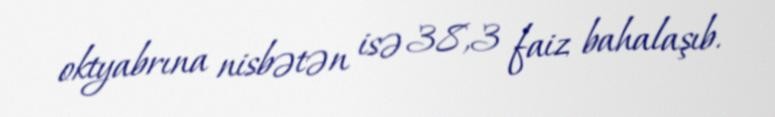
oktyabrına nisbətən isə 38,3 faiz bahalaşıb.